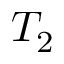
T _ { 2 }